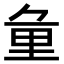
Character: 𨤣